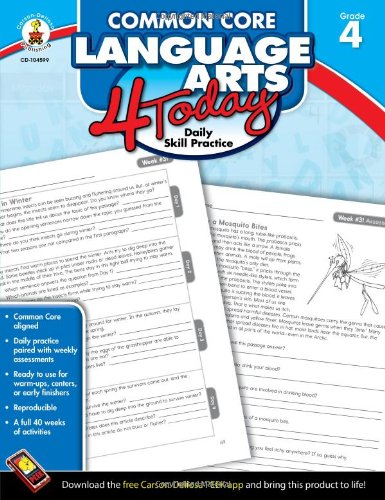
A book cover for Common Core Language Arts 4 Today, Grade 4: Daily Skill Practice (Common Core 4 Today); Education & Teaching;